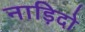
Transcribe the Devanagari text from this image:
नाड़िदो